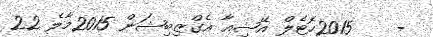
-    2015ހޮޓެލް އޭޝިއާ އެގްޒިބިޝަން 2015މާލެ 22